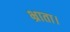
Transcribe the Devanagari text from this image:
भ्राता।